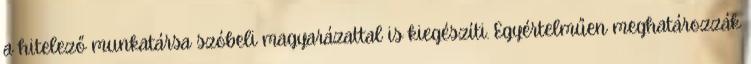
a hitelező munkatársa szóbeli magyarázattal is kiegészíti. Egyértelműen meghatározzák